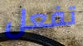
تفعل